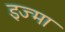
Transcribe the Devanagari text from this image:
इज्मा